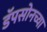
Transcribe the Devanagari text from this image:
डॅपसोनच्या